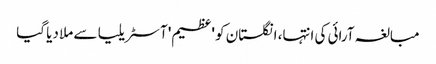
مبالغہ آرائی کی انتہا، انگلستان کو 'عظیم' آسٹریلیا سے ملا دیا گیا